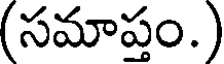
(సమాప్తం.)